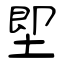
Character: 堲